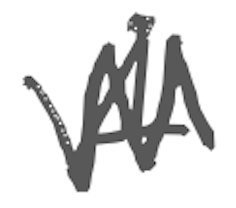
Text: A
Cross-out: zig-zag
Writing tool: digital_gray